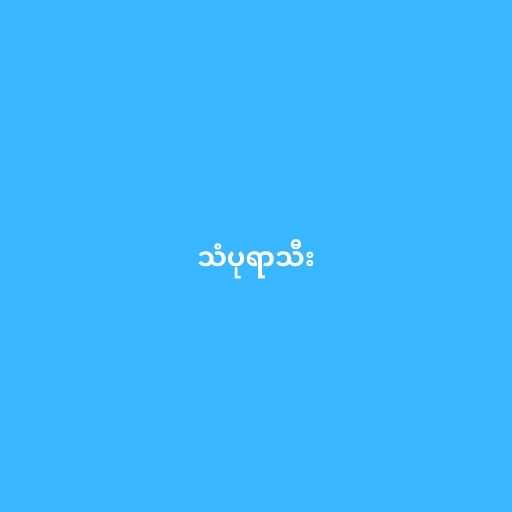
သံပုရာသီး